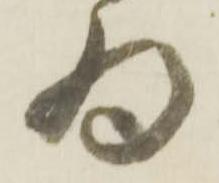
為